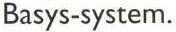
Basys-system.